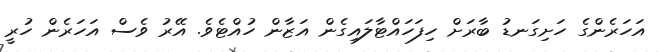
އަހަރެންގެ ހަށިގަނޑު ބާރަށް ހިފަހައްޓާލައިގެން އަޒާން ހުއްޓެވެ. އޭރު ވެސް އަހަރެން ހުރީ